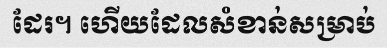
ដែរ។ ហើយដែលសំខាន់សម្រាប់